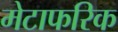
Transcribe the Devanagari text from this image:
मेटाफरिक